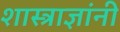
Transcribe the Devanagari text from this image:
शास्त्राज्ञांनी